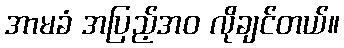
အာမခံ အပြည့်အဝ လိုချင်တယ်။